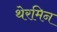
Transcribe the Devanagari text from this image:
थेरमिन